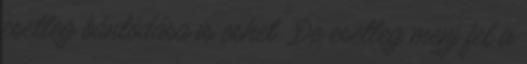
esetleg bántódása is eshet „De esetleg menj fel a